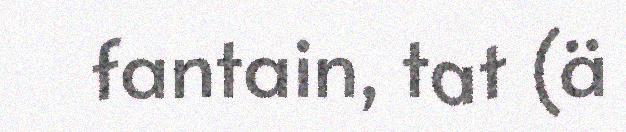
fantain, tat (ä